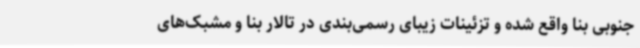
جنوبی بنا واقع شده و تزئینات زیبای رسمی‌بندی در تالار بنا و مشبک‌های